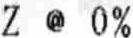
Z @ 0%